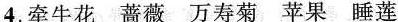
4.牵牛花 蔷薇 万寿菊 苹果 睡莲